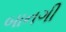
બાનગી